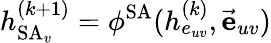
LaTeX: h_{\operatorname{SA}_{v}}^{(k+1)}=\phi^{\operatorname{SA}}(h_{e_{uv}}^{(k)},\vec{\mathbf{e}}_{uv})